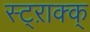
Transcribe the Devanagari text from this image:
स्ट्ऱाक्क्